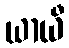
ယာယီ